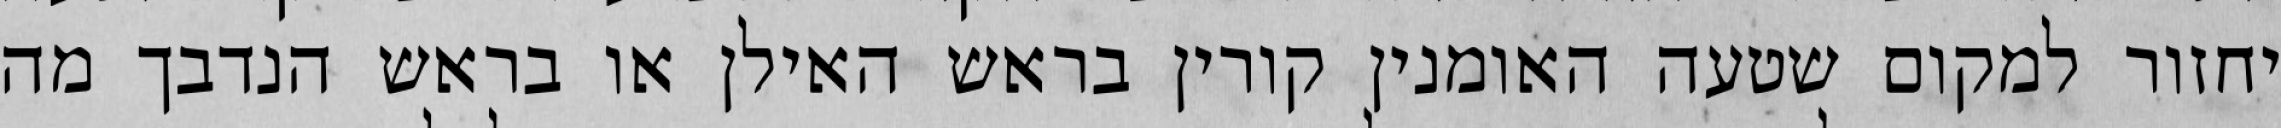
יחזור למקום שטעה האומנין קורין בראש האילן או בראש הנדבך מה